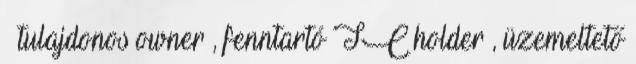
– tulajdonos owner , fenntartó TC holder , üzemeltető